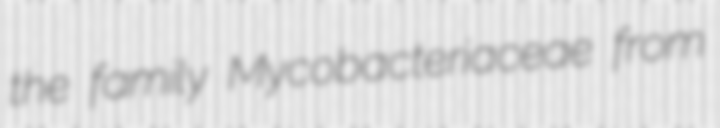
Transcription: the family Mycobacteriaceae from